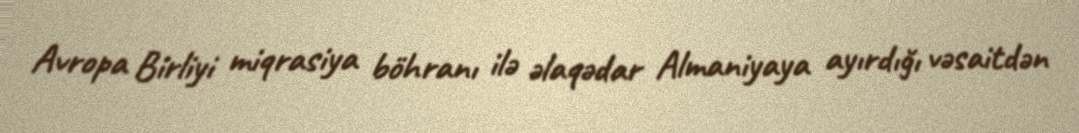
Avropa Birliyi miqrasiya böhranı ilə əlaqədar Almaniyaya ayırdığı vəsaitdən